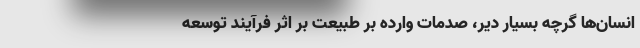
انسان‌ها گرچه بسیار دیر، صدمات وارده بر طبیعت بر اثر فرآیند توسعه